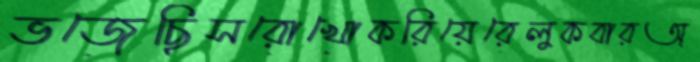
ভজেছিসরোখোকরিয়েরেলুকবারঅ্